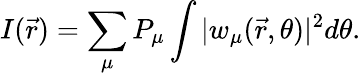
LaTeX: I(\vec{r})=\sum_{\mu}P_{\mu}\int|w_{\mu}(\vec{r},\theta)|^{2}d\theta.